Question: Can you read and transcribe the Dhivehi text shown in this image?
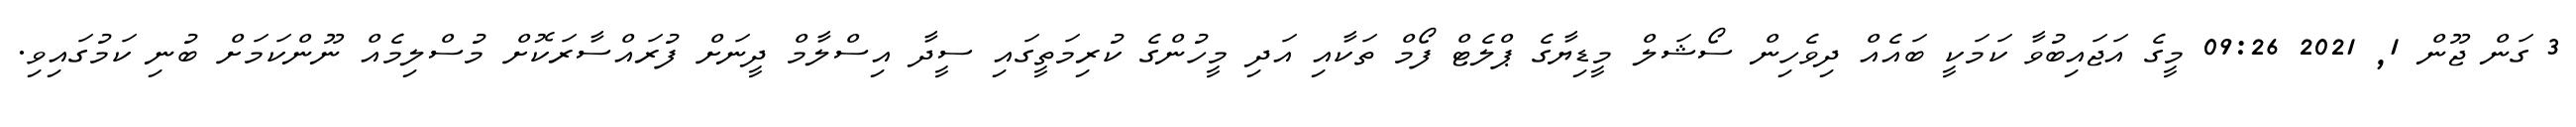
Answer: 3 ގަން ޖޫން 1, 2021 09:26 މީގެ އަޖައިބުވާ ކަމަކީ ބައެއް ދިވެހިން ސޯޝަލް މީޑިޔާގެ ޕްލެޓް ފޯމް ތަކާއި އަދި މީހުންގެ ކުރިމަތީގައި ސީދާ އިސްލާމް ދީނަށް ފުރައްސާރަކޮށް މުސްލިމެއް ނޫންކަމަށް ބުނި ކަމުގައިވި.